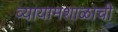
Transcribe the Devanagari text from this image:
व्यायामशाळाची